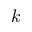
k